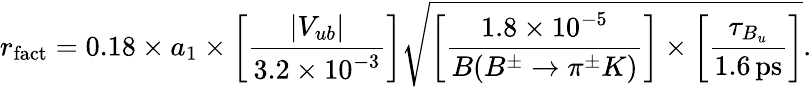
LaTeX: r_{\mathrm{fact}}=0.18\times a_{1}\times\left[\frac{|V_{ub}|}{3.2\times 10^{-3}}\right]\sqrt{\left[\frac{1.8\times 10^{-5}}{B(B^{\pm}\to\pi^{\pm}K)}\right]\times\left[\frac{\tau_{B_{u}}}{1.6\, \mathrm{ps}}\right]}.